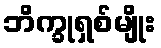
ဘိက္ခုရှစ်မျိုး